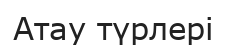
Атау түрлері